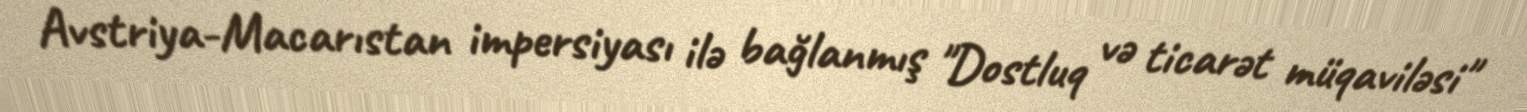
Avstriya-Macarıstan impersiyası ilə bağlanmış "Dostluq və ticarət müqaviləsi"